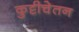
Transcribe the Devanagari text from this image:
कुट्टीचेतन